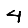
Digit: 4